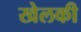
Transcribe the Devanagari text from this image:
खेलकी